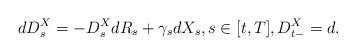
LaTeX: \begin{align*}dD^X_s = -D^X_sdR_s + \gamma_s dX_s, s \in [t,T], D^X_{t-}=d.\end{align*}